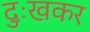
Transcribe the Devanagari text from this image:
दुःखकर